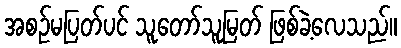
အစဉ်မပြတ်ပင် သူတော်သူမြတ် ဖြစ်ခဲ့လေသည်။